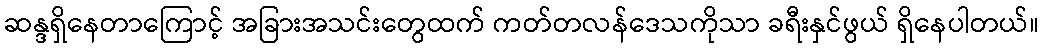
ဆန္ဒရှိနေတာကြောင့် အခြားအသင်းတွေထက် ကတ်တလန်ဒေသကိုသာ ခရီးနှင်ဖွယ် ရှိနေပါတယ်။